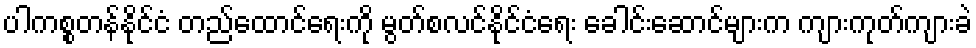
ပါကစ္စတန်နိုင်ငံ တည်ထောင်ရေးကို မွတ်စလင်နိုင်ငံရေး ခေါင်းဆောင်များက ကျားကုတ်ကျားခဲ